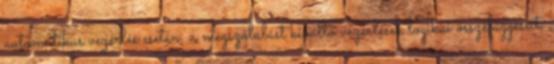
automatikus vezérlés esetén, a megszólalást kiváltó vezérlések logikai összefüggéseit,